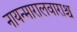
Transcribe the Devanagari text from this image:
नायन्मारालवाराश्च